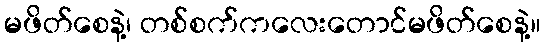
မဖိတ်စေနဲ့၊ တစ်စက်ကလေးတောင်မဖိတ်စေနဲ့။